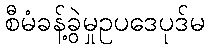
စီမံခန့်ခွဲမှုဥပဒေပုဒ်မ